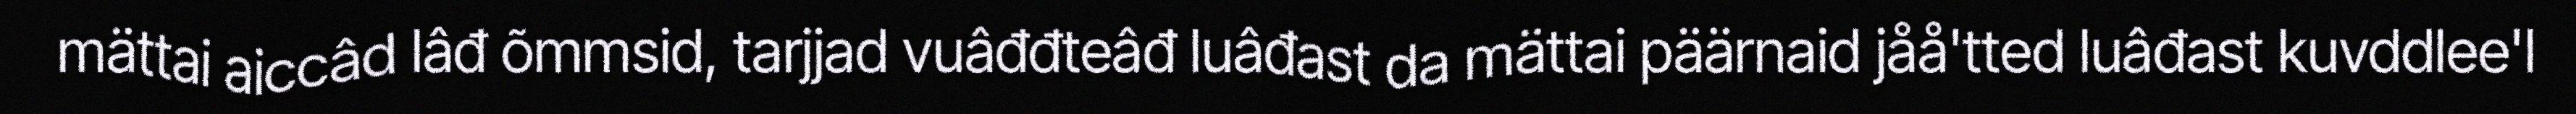
mättai aiccâd lâđ õmmsid, tarjjad vuâđđteâđ luâđast da mättai päärnaid jåå'tted luâđast kuvddlee'l